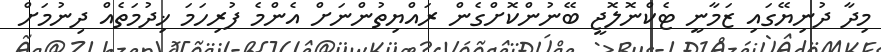
މިދާ ދުނިޔޭގައި ޒަމާނީ ޓެކްނޮލޮޖީ ބޭނުންކޮށްގެން ރައްޔިތުންނަށް އެންމެ ފުރިހަމަ ޚިދުމަތެއް ދިނުމަށް